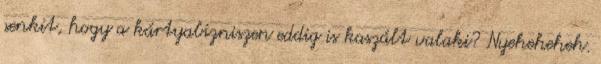
senkit, hogy a kártyabizniszen eddig is kaszált valaki? Nyeheheheh.